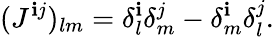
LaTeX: (J^{\mathbf{i}j})_{lm}=\delta_{l}^{\mathbf{i}}\delta_{m}^{j}-\delta_{m}^{\mathbf{i}}\delta_{l}^{j}.